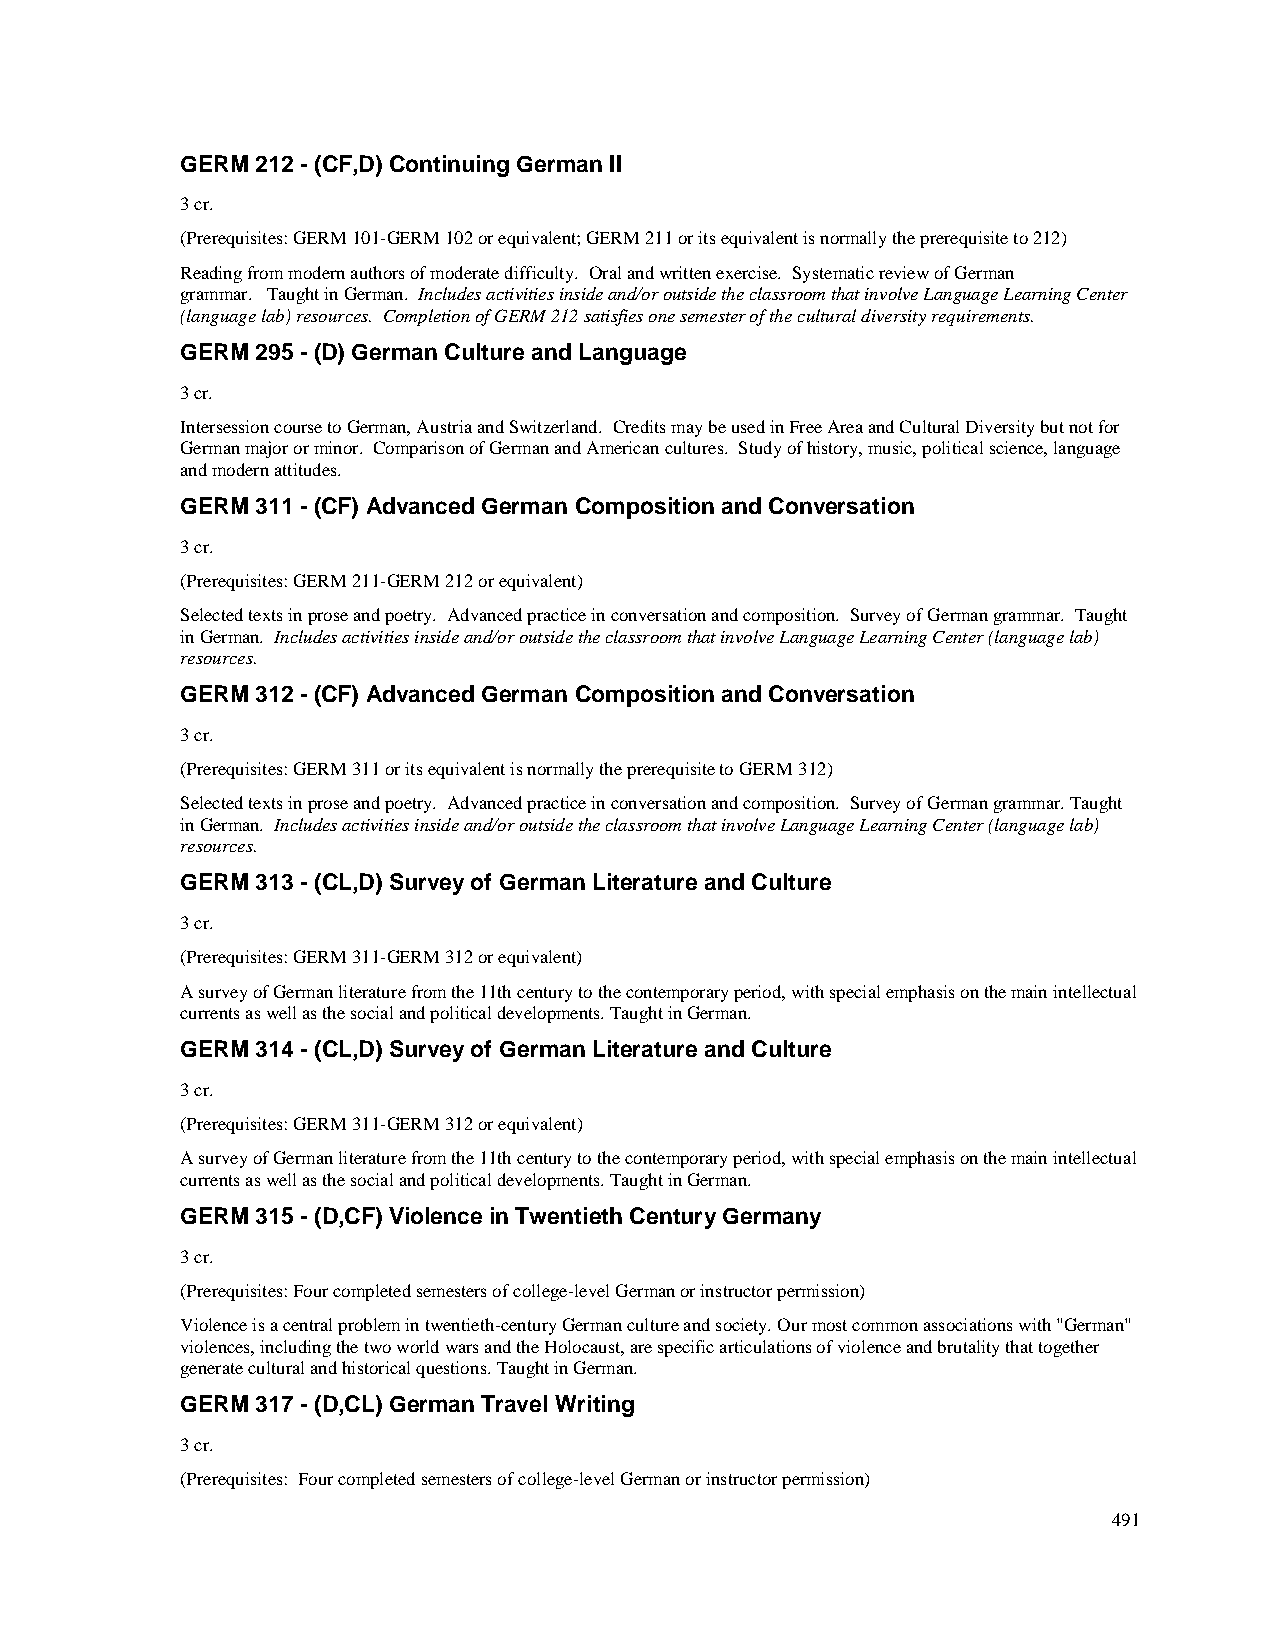
GERM 212 - (CF,D) Continuing German II
 3 cr.
 (Prerequisites: GERM 101-GERM 102 or equivalent; GERM 211 or its equivalent is normally the prerequisite to 212)
 Reading from modern authors of moderate difficulty. Oral and written exercise. Systematic review of German
 grammar. Taught in German. Includes activities inside and/or outside the classroom that involve Language Learning Center
 (language lab) resources. Completion of GERM 212 satisfies one semester of the cultural diversity requirements.
 GERM 295 - (D) German Culture and Language
 3 cr.
 Intersession course to German, Austria and Switzerland. Credits may be used in Free Area and Cultural Diversity but not for
 German major or minor. Comparison of German and American cultures. Study of history, music, political science, language
 and modern attitudes.
 GERM 311 - (CF) Advanced German Composition and Conversation
 3 cr.
 (Prerequisites: GERM 211-GERM 212 or equivalent)
 Selected texts in prose and poetry. Advanced practice in conversation and composition. Survey of German grammar. Taught
 in German. Includes activities inside and/or outside the classroom that involve Language Learning Center (language lab)
 resources.
 GERM 312 - (CF) Advanced German Composition and Conversation
 3 cr.
 (Prerequisites: GERM 311 or its equivalent is normally the prerequisite to GERM 312)
 Selected texts in prose and poetry. Advanced practice in conversation and composition. Survey of German grammar. Taught
 in German. Includes activities inside and/or outside the classroom that involve Language Learning Center (language lab)
 resources.
 GERM 313 - (CL,D) Survey of German Literature and Culture
 3 cr.
 (Prerequisites: GERM 311-GERM 312 or equivalent)
 A survey of German literature from the 11th century to the contemporary period, with special emphasis on the main intellectual
 currents as well as the social and political developments. Taught in German.
 GERM 314 - (CL,D) Survey of German Literature and Culture
 3 cr.
 (Prerequisites: GERM 311-GERM 312 or equivalent)
 A survey of German literature from the 11th century to the contemporary period, with special emphasis on the main intellectual
 currents as well as the social and political developments. Taught in German.
 GERM 315 - (D,CF) Violence in Twentieth Century Germany
 3 cr.
 (Prerequisites: Four completed semesters of college-level German or instructor permission)
 Violence is a central problem in twentieth-century German culture and society. Our most common associations with "German"
 violences, including the two world wars and the Holocaust, are specific articulations of violence and brutality that together
 generate cultural and historical questions. Taught in German.
 GERM 317 - (D,CL) German Travel Writing
 3 cr.
 (Prerequisites: Four completed semesters of college-level German or instructor permission)
 491